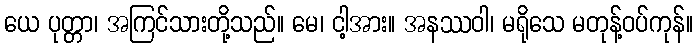
ယေ ပုတ္တာ၊ အကြင်သားတို့သည်။ မေ၊ ငါ့အား။ အနဿဝါ၊ မရိုသေ မတုန့်ဝပ်ကုန်။